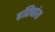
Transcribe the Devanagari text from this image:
हरिचांय